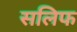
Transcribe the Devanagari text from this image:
सलिफ